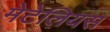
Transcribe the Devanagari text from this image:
मेटेलियस